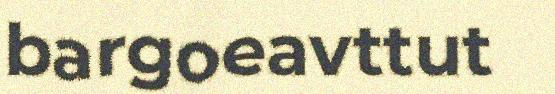
bargoeavttut